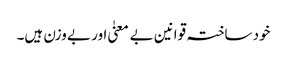
خود ساختہ قوانین بے معنیٰ اور بے وزن ہیں۔